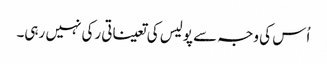
اُس کی وجہ سے پولیس کی تعیناتی رکی نہیں رہی۔